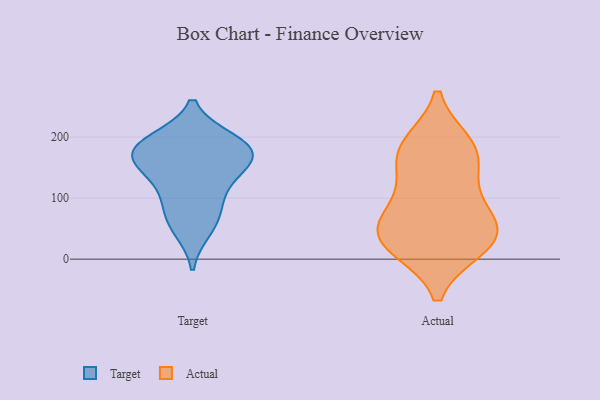
{"axis": {"x": "Backlog", "y": "Value"}, "legend": ["Actual", "Target"], "data": [{"x": "", "y": 146, "type": "Target"}, {"x": "", "y": 123, "type": "Target"}, {"x": "", "y": 168, "type": "Target"}, {"x": "", "y": 93, "type": "Target"}, {"x": "", "y": 49, "type": "Target"}, {"x": "", "y": 186, "type": "Target"}, {"x": "", "y": 160, "type": "Target"}, {"x": "", "y": 194, "type": "Target"}, {"x": "", "y": 69, "type": "Target"}, {"x": "", "y": 187, "type": "Target"}, {"x": "", "y": 177, "type": "Target"}, {"x": "", "y": 65, "type": "Actual"}, {"x": "", "y": 20, "type": "Actual"}, {"x": "", "y": 101, "type": "Actual"}, {"x": "", "y": 177, "type": "Actual"}, {"x": "", "y": 29, "type": "Actual"}, {"x": "", "y": 187, "type": "Actual"}, {"x": "", "y": 180, "type": "Actual"}, {"x": "", "y": 53, "type": "Actual"}, {"x": "", "y": 49, "type": "Actual"}, {"x": "", "y": 141, "type": "Actual"}, {"x": "", "y": 22, "type": "Actual"}]}